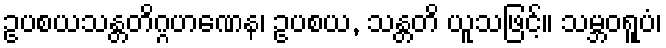
ဥပစယသန္တတိဂ္ဂဟဏေန၊ ဥပစယ, သန္တတိ ယူသဖြင့်။ သမ္ဘဝရူပံ၊